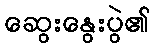
ဆွေးနွေးပွဲ၏